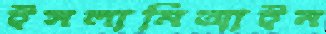
ইসলামিআইন